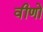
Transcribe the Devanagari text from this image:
वीणो